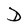
Character: D